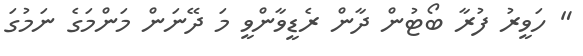
" ހަވީރު ފުރާ ބޯޓުން ދާން ރެޑީވާންވީ މަ ދޭނަން މަންމަގެ ނަމުގަ